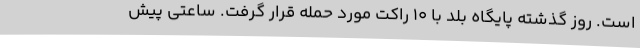
است. روز گذشته پایگاه بلد با ۱۰ راکت مورد حمله قرار گرفت. ساعتی پیش